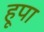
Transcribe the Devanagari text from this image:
हूपा